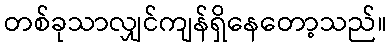
တစ်ခုသာလျှင်ကျန်ရှိနေတော့သည်။